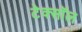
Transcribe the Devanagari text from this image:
टेक्सॉल